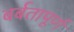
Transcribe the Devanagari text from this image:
बर्बतापूर्ण